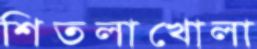
শিতলাখোলা